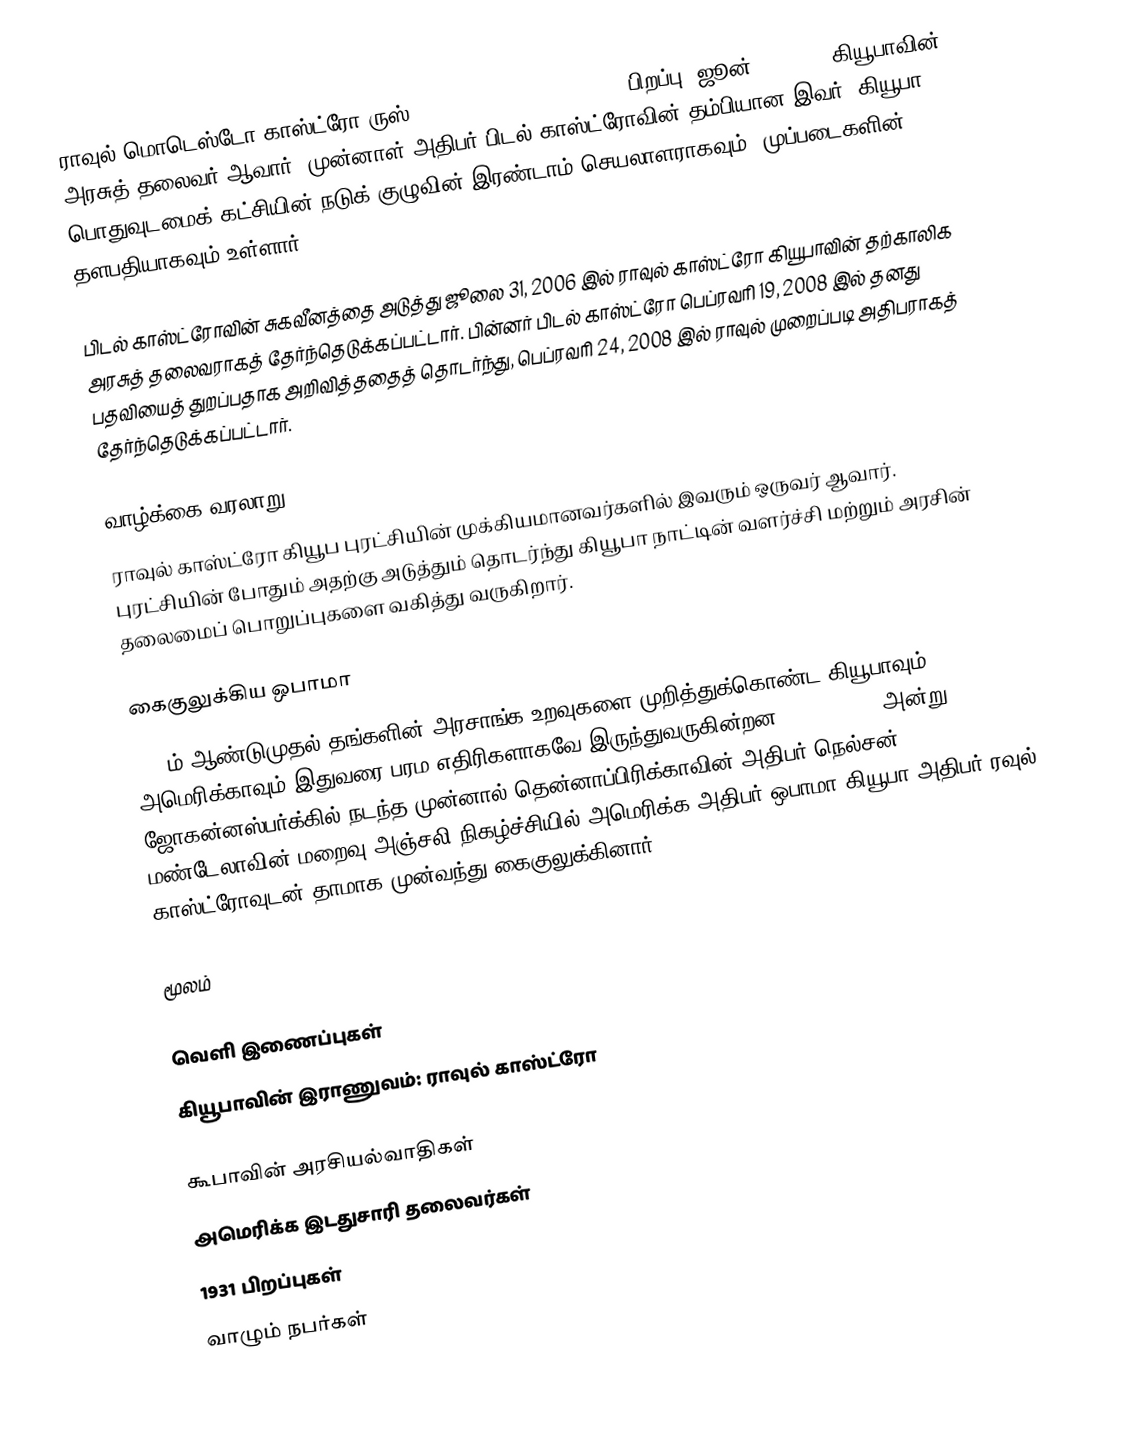
ராவுல் மொடெஸ்டோ காஸ்ட்ரோ ருஸ் (Raúl Modesto Castro Ruz, பிறப்பு: ஜூன் 3, 1931) கியூபாவின் அரசுத் தலைவர் ஆவார். முன்னாள் அதிபர் பிடல் காஸ்ட்ரோவின் தம்பியான இவர், கியூபா பொதுவுடமைக் கட்சியின் நடுக் குழுவின் இரண்டாம் செயலாளராகவும், முப்படைகளின் தளபதியாகவும் உள்ளார்.

பிடல் காஸ்ட்ரோவின் சுகவீனத்தை அடுத்து ஜூலை 31, 2006 இல் ராவுல் காஸ்ட்ரோ கியூபாவின் தற்காலிக அரசுத் தலைவராகத் தேர்ந்தெடுக்கப்பட்டார். பின்னர் பிடல் காஸ்ட்ரோ பெப்ரவரி 19, 2008 இல் தனது பதவியைத் துறப்பதாக அறிவித்ததைத் தொடர்ந்து, பெப்ரவரி 24, 2008 இல் ராவுல் முறைப்படி அதிபராகத் தேர்ந்தெடுக்கப்பட்டார்.

வாழ்க்கை வரலாறு
ராவுல் காஸ்ட்ரோ கியூப புரட்சியின் முக்கியமானவர்களில் இவரும் ஒருவர் ஆவார். புரட்சியின் போதும் அதற்கு அடுத்தும் தொடர்ந்து கியூபா நாட்டின் வளர்ச்சி மற்றும் அரசின் தலைமைப் பொறுப்புகளை வகித்து வருகிறார்.

கைகுலுக்கிய ஒபாமா
1961ம் ஆண்டுமுதல் தங்களின் அரசாங்க உறவுகளை முறித்துக்கொண்ட கியூபாவும், அமெரிக்காவும் இதுவரை பரம எதிரிகளாகவே இருந்துவருகின்றன. 10.12.2013 அன்று ஜோகன்னஸ்பர்க்கில் நடந்த முன்னால் தென்னாப்பிரிக்காவின் அதிபர் நெல்சன் மண்டேலாவின் மறைவு அஞ்சலி நிகழ்ச்சியில் அமெரிக்க அதிபர் ஒபாமா கியூபா அதிபர் ரவுல் காஸ்ட்ரோவுடன் தாமாக முன்வந்து கைகுலுக்கினார்.

மூலம்

வெளி இணைப்புகள்
 கியூபாவின் இராணுவம்: ராவுல் காஸ்ட்ரோ

கூபாவின் அரசியல்வாதிகள்
அமெரிக்க இடதுசாரி தலைவர்கள்
1931 பிறப்புகள்
வாழும் நபர்கள்